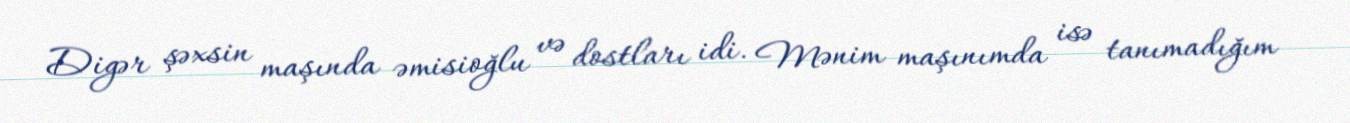
Digər şəxsin maşında əmisioğlu və dostları idi. Mənim maşınımda isə tanımadığım